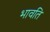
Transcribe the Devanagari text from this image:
भावति